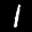
Label: 1